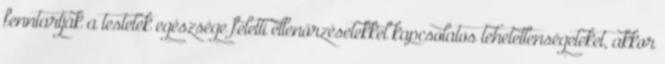
fenntartják a testetek egészsége feletti ellenőrzésetekkel kapcsolatos tehetetlenségeteket, akkor